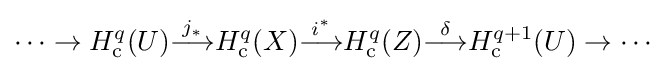
\cdots \to H_{\mathrm {c} }^{q}(U){\overset {j_{*}}{\longrightarrow }}H_{\mathrm {c} }^{q}(X){\overset {i^{*}}{\longrightarrow }}H_{\mathrm {c} }^{q}(Z){\overset {\delta }{\longrightarrow }}H_{\mathrm {c} }^{q+1}(U)\to \cdots